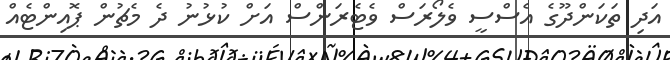
އަދި ތަކަންދޫގެ އެސްސީ ވެލޯރަސް ވެޓެރަންސް އަށް ކުޅުނު ދެ މެޗުން ޕޮއިންޓެއް